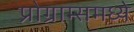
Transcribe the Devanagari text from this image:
प्रोग्राम्समध्ये